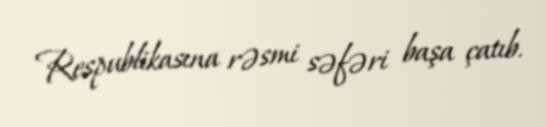
Respublikasına rəsmi səfəri başa çatıb.